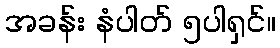
အခန်း နံပါတ် ၅ပါရှင်။